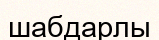
шабдарлы